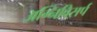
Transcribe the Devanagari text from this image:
अग्निविसर्प